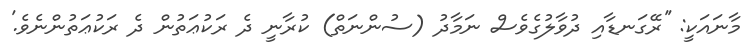
މާނައަކީ: ''ރޭގަނޑާއި ދުވާލުގެވެސް ނަމާދު (ސުންނަތް) ކުރާނީ ދެ ރަކުޢަތުން ދެ ރަކުޢަތުންނެވެ.'